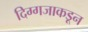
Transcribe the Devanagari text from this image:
दिग्गजाकडून